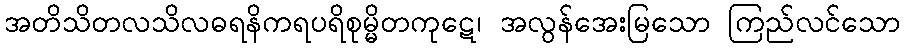
အတိသိတလသိလဓရနိကရပရိစုမ္မိတကုဋေ၊ အလွန်အေးမြသော ကြည်လင်သော